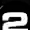
Digit: 2